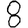
Digit: 8